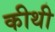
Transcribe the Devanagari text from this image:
कीथी